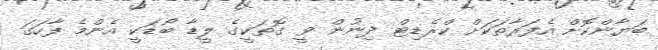
ބަޔާންކޮށް އެފަރާތަކަށް ކްރެޑިޓް ދިނުން ވީ ގޮތަކީގެ ލީޑާ ބޯޑަކީ އެންމެ ފާހަގަ